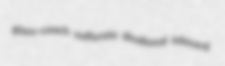
glass-coach sulfurate disabusal inboard